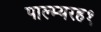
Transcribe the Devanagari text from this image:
पाल्म्यरह१